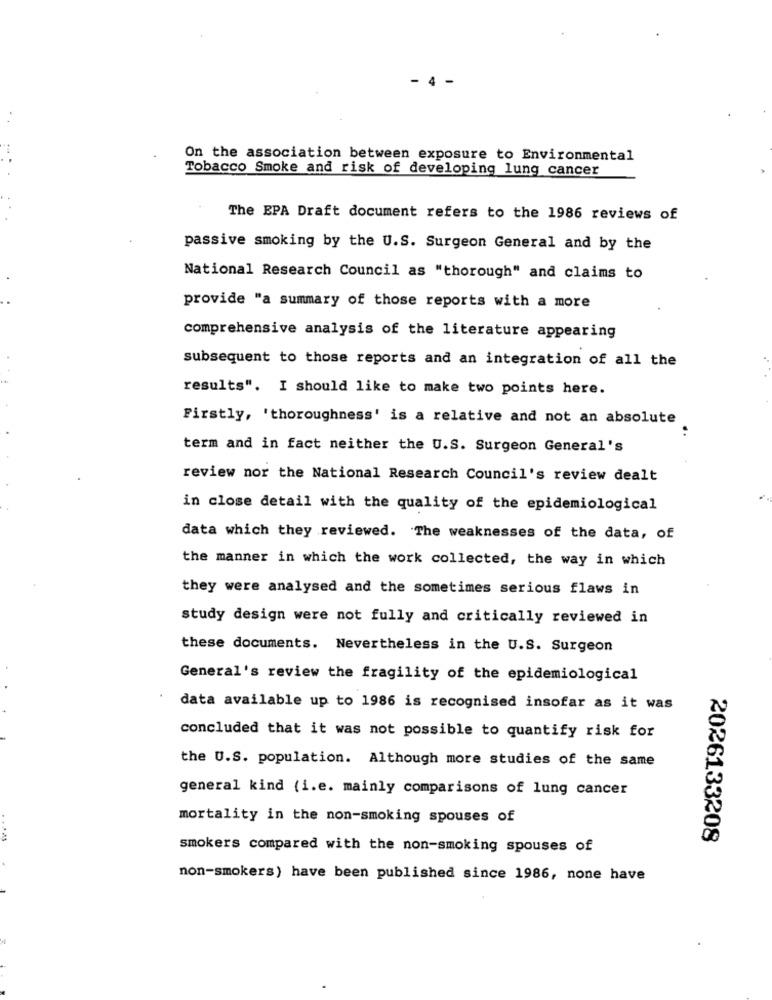
- 4 -
On the association between exposure to Environmental
Tobacco Smoke and risk of developing lung cancer
The EPA Draft document refers to the 1986 reviews of
passive smoking by the U.S. Surgeon General and by the
National Research Council as "thorough" and claims to
provide "a summary of those reports with a more
comprehensive analysis of the literature appearing
subsequent to those reports and an integration of all the
results". I should like to make two points here.
Firstly, 'thoroughness' is a relative and not an absolute
term and in fact neither the U.S. Surgeon General's
review nor the National Research Council's review dealt
in close detail with the quality of the epidemiological
data which they reviewed. The weaknesses of the data, of
the manner in which the work collected, the way in which
they were analysed and the sometimes serious flaws in
study design were not fully and critically reviewed in
these documents. Nevertheless in the U.S. Surgeon
General's review the fragility of the epidemiological
data available up to 1986 is recognised insofar as it was
concluded that it was not possible to quantify risk for
the U.S. population. Although more studies of the same
general kind (i.e. mainly comparisons of lung cancer
mortality in the non-smoking spouses of
2026133208
smokers compared with the non-smoking spouses of
non-smokers) have been published since 1986, none have